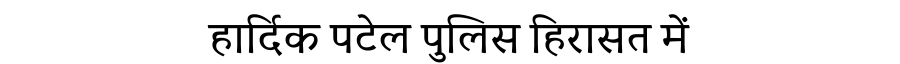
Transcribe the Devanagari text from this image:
हार्दिक पटेल पुलिस हिरासत में